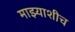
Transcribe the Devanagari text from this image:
माझ्याशीच